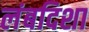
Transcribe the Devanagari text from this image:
लंबदिशा